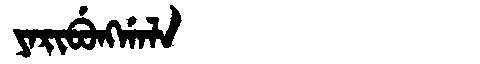
Manchu: ᠶᠠᡵᡳᠪᡠᠩᡤᠠᠯᠠ
Romanization: YARIBUNGGALA